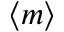
\langle m \rangle